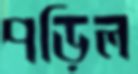
পড়িল